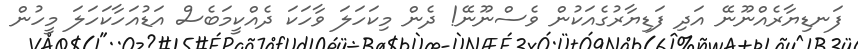
ފަނޑިޔާރެއްނޫނޭ އަދި ފަޑިޔާރުގެއަކުން ވެސްނޫނޭ! ދެން މިކަހަލަ ވާހަކަ ދެއްކީމަބެސް އަޑުއަހާކަހަލަ މީހުން